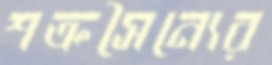
শত্রুসৈন্যের